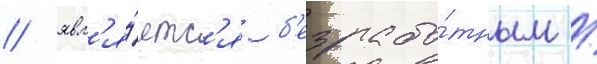
/ явл'я́етс'я б'езрабо́тным /